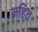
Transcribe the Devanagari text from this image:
महित